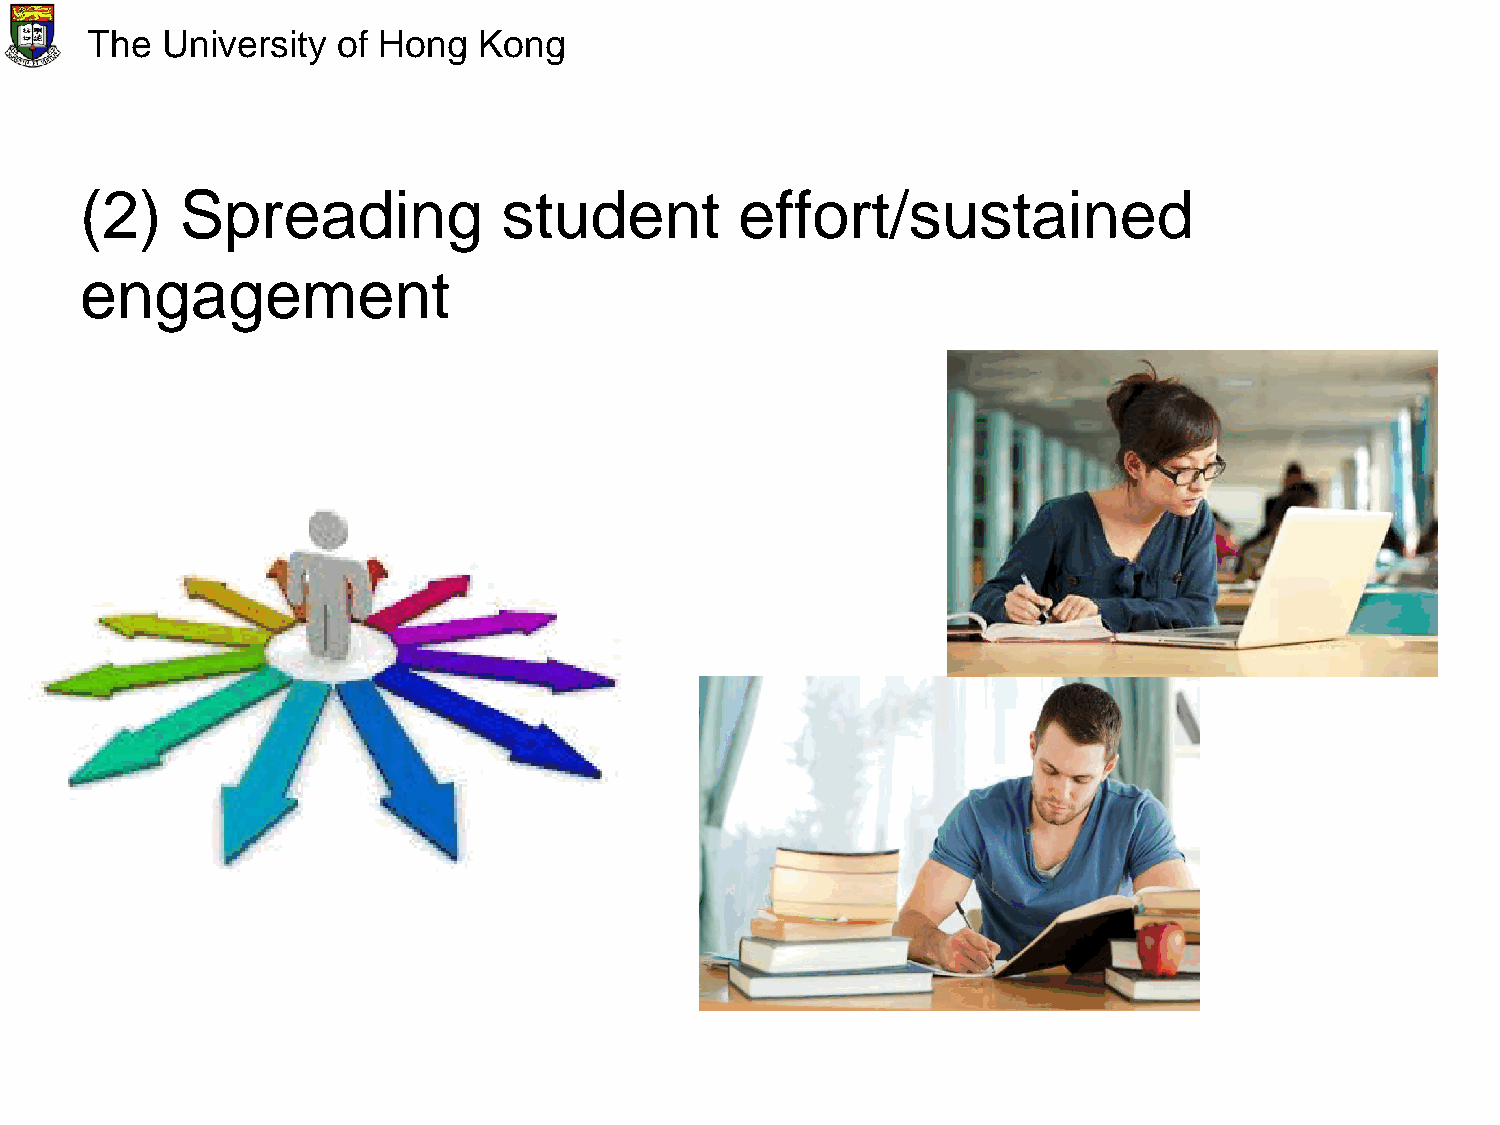
The  University of Hong   Kong
 (2)    Spreading            student         effort/sustained
 engagement